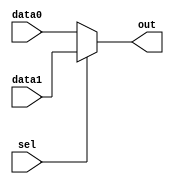
module mux1_16(data0, data1, sel, out);

	// a mux of 1 bit in selector, 16 bit in data

	input [15:0] data0, data1;
	input sel;
	output [15:0] out;
	
	assign out = sel ? data1 : data0;
	
endmodule